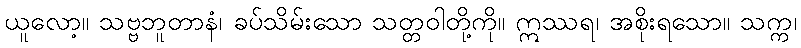
ယူလော့။ သဗ္ဗဘူတာနံ၊ ခပ်သိမ်းသော သတ္တဝါတို့ကို။ ဣဿရ၊ အစိုးရသော။ သက္က၊